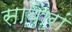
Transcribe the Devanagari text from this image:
सांबारां